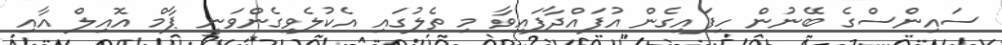
ސައިންސްގެ ބޭނުން ހިފައިގެން އުފައްދާފައިވާ މި ތެލުގައި އެކުލެވިގެންވަނީ ޕާމް އޮއިލް އާއި